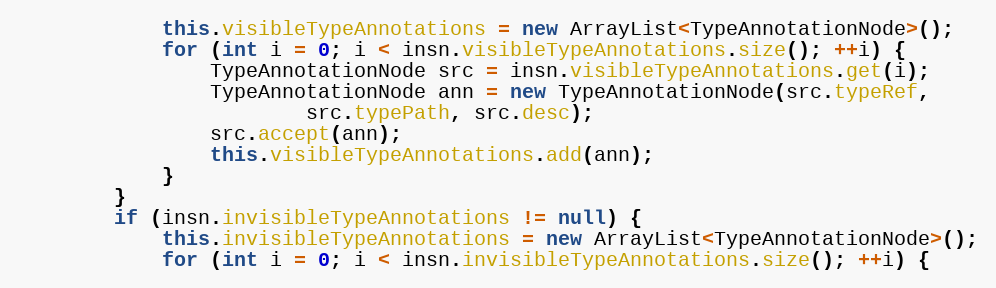
Language: Java
            this.visibleTypeAnnotations = new ArrayList<TypeAnnotationNode>();
            for (int i = 0; i < insn.visibleTypeAnnotations.size(); ++i) {
                TypeAnnotationNode src = insn.visibleTypeAnnotations.get(i);
                TypeAnnotationNode ann = new TypeAnnotationNode(src.typeRef,
                        src.typePath, src.desc);
                src.accept(ann);
                this.visibleTypeAnnotations.add(ann);
            }
        }
        if (insn.invisibleTypeAnnotations != null) {
            this.invisibleTypeAnnotations = new ArrayList<TypeAnnotationNode>();
            for (int i = 0; i < insn.invisibleTypeAnnotations.size(); ++i) {